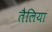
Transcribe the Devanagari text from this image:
तैलिया